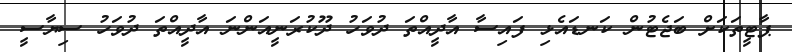
ޕާޓީތަކަށް ބަޖެޓުން ކަނޑައެޅި ފައިސާ އާދީއްތަ ދުވަހު ދޫކުރަނީއަންނަ އާދީއްތަ ދުވަހު ސިޔާސީ